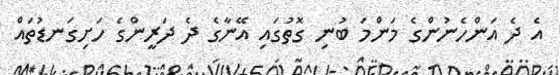
އެ ދެ އަންހެނުންގެ މަންމަ ބުނި ގޮތުގައި އޭނާގެ ދެ ދަރީންގެ ހަށިގަނޑުތައް